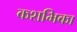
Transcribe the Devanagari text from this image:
कशभिका